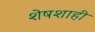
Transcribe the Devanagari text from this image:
शेषशाही